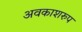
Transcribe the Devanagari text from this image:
अवकाशरुप